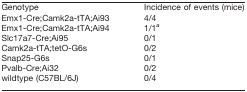
<table><thead><tr><td><b>Genotype</b></td><td><b>Incidence of events (mice)</b></td></tr></thead><tbody><tr><td>Emx1-Cre;Camk2a-tTA;Ai93</td><td>4/4</td></tr><tr><td>Emx1-Cre;Camk2a-tTA;Ai94</td><td>1/1<i><sup><i>a</i></sup></i></td></tr><tr><td>Slc17a7-Cre;Ai95</td><td>0/1</td></tr><tr><td>Camk2a-tTA;tetO-G6s</td><td>0/2</td></tr><tr><td>Snap25-G6s</td><td>0/1</td></tr><tr><td>Pvalb-Cre;Ai32</td><td>0/2</td></tr><tr><td>wildtype (C57BL/6J)</td><td>0/4</td></tr></tbody></table>